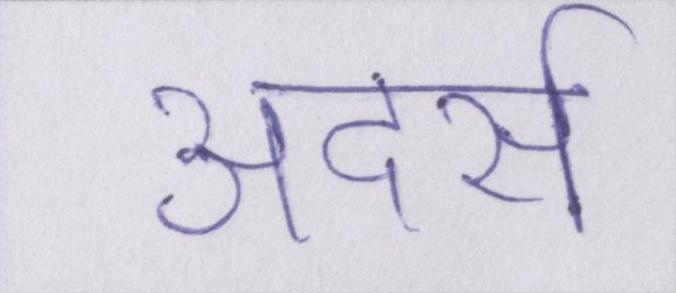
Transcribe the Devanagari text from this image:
अदर्स